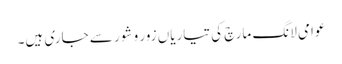
عوامی لانگ مارچ کی تیاریاں زور و شور سے جاری ہیں۔